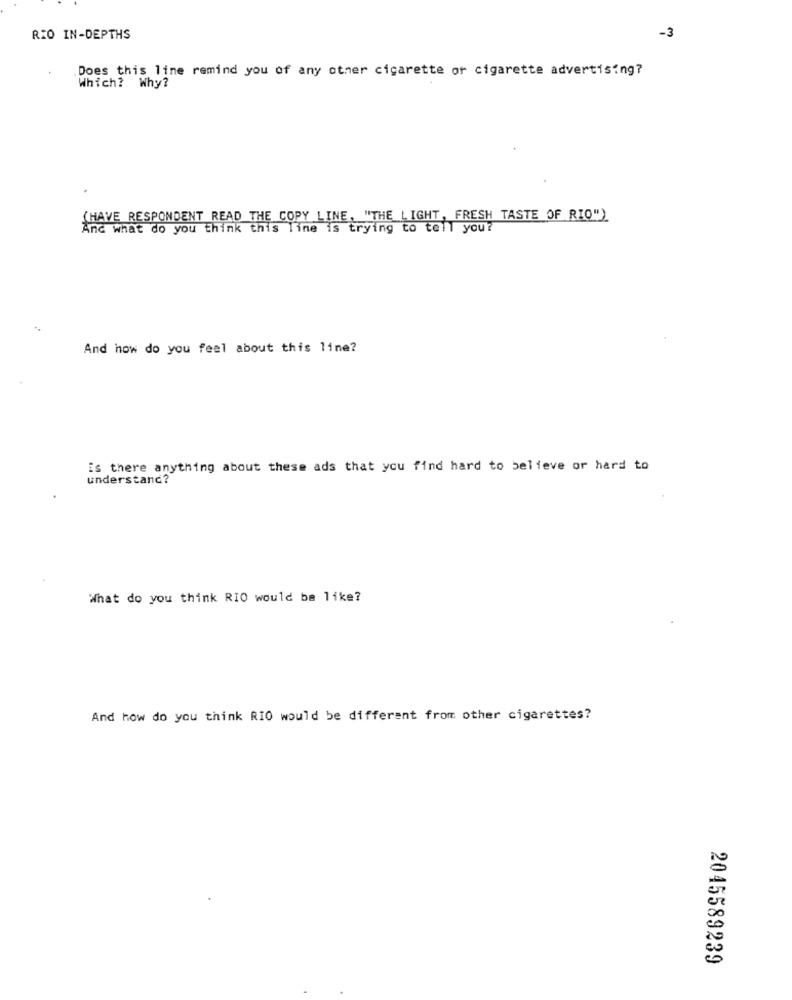
-3
RIO IN-DEPTHS
Does this line remind you of any other cigarette or cigarette advertising?
Which? Why?
(HAVE RESPONDENT READ THE COPY LINE, "THE LIGHT, FRESH TASTE OF RIO")
And what do you think this line is trying to tell you?
And how do you feel about this line?
is there anything about these ads that you find hard to believe or hard to
understand?
What do you think RIO would be like?
And how do you think RIO would be different from other cigarettes?
2045589239